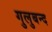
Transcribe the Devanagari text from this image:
गुलुबन्द